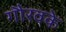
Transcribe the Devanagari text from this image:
गौरवके